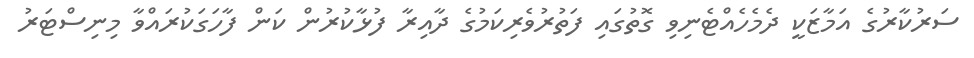
ސަރުކާރުގެ އަމާޒަކީ ދެމެހެއްޓެނިވި ގޮތުގައި ފަތުރުވެރިކަމުގެ ދާއިރާ ފުޅާކުރުން ކަން ފާހަގަކުރައްވާ މިނިސްޓަރު